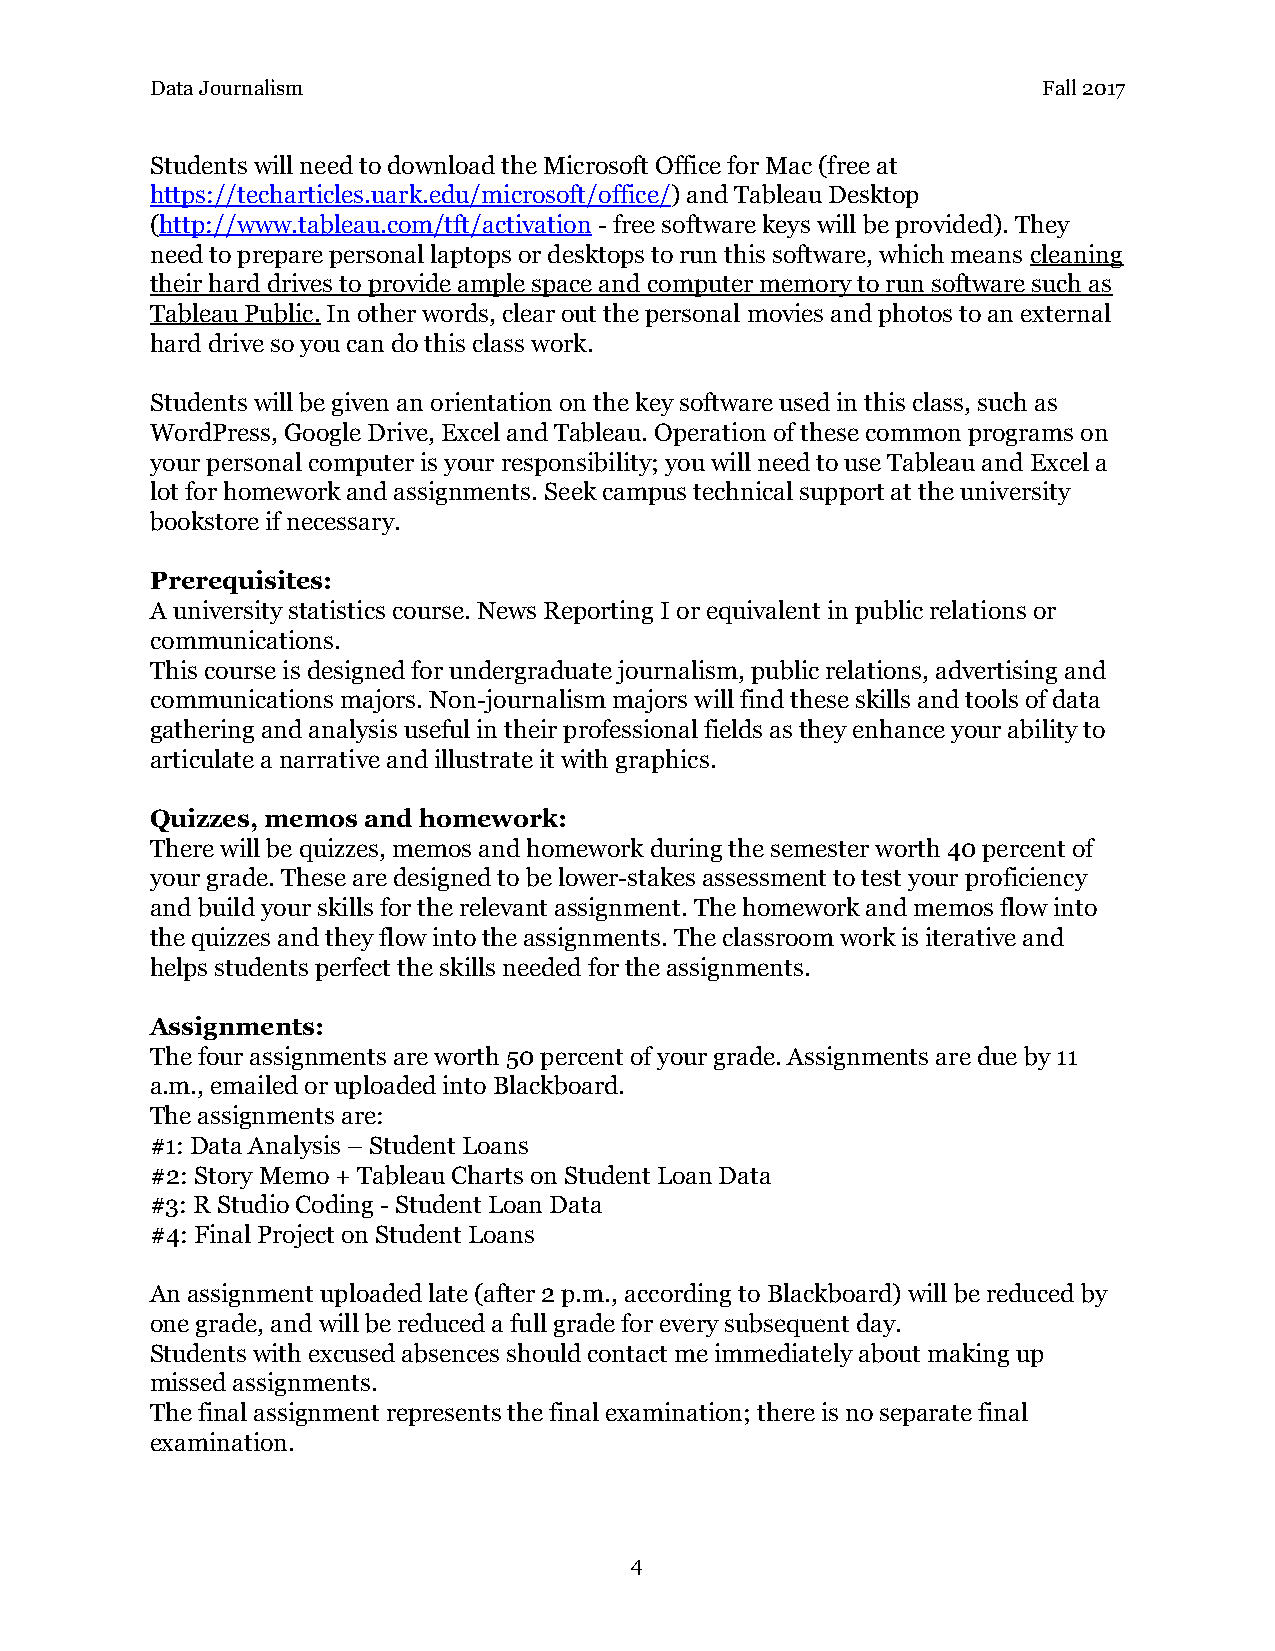
Data Journalism                                            Fall 2017
 Students will need to download the Microsoft Office for Mac (free at
 https://techarticles.uark.edu/microsoft/office/) and Tableau Desktop
 ​
 (http://www.tableau.com/tft/activation - free software keys will be provided). They
 ​                           ​
 need to prepare personal laptops or desktops to run this software, which means cleaning
 ​
 their hard drives to provide ample space and computer memory to run software such as
 Tableau Public. In other words, clear out the personal movies and photos to an external
 ​
 hard drive so you can do this class work.
 Students will be given an orientation on the key software used in this class, such as
 WordPress, Google Drive, Excel and Tableau. Operation of these common programs on
 your personal computer is your responsibility; you will need to use Tableau and Excel a
 lot for homework and assignments. Seek campus technical support at the university
 bookstore if necessary.
 Prerequisites:
 A university statistics course. News Reporting I or equivalent in public relations or
 communications.
 This course is designed for undergraduate journalism, public relations, advertising and
 communications majors. Non-journalism majors will find these skills and tools of data
 gathering and analysis useful in their professional fields as they enhance your ability to
 articulate a narrative and illustrate it with graphics.
 Quizzes, memos and homework:
 There will be quizzes, memos and homework during the semester worth 40 percent of
 your grade. These are designed to be lower-stakes assessment to test your proficiency
 and build your skills for the relevant assignment. The homework and memos flow into
 the quizzes and they flow into the assignments. The classroom work is iterative and
 helps students perfect the skills needed for the assignments.
 Assignments:
 The four assignments are worth 50 percent of your grade. Assignments are due by 11
 a.m., emailed or uploaded into Blackboard.
 The assignments are:
 #1: Data Analysis – Student Loans
 #2: Story Memo + Tableau Charts on Student Loan Data
 #3: R Studio Coding - Student Loan Data
 #4: Final Project on Student Loans
 An assignment uploaded late (after 2 p.m., according to Blackboard) will be reduced by
 one grade, and will be reduced a full grade for every subsequent day.
 Students with excused absences should contact me immediately about making up
 missed assignments.
 The final assignment represents the final examination; there is no separate final
 examination.
 4